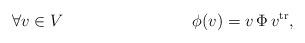
LaTeX: \begin{align*}\forall v\in V & &\phi(v)=v\,\Phi\, v^{{\rm tr}}, \end{align*}